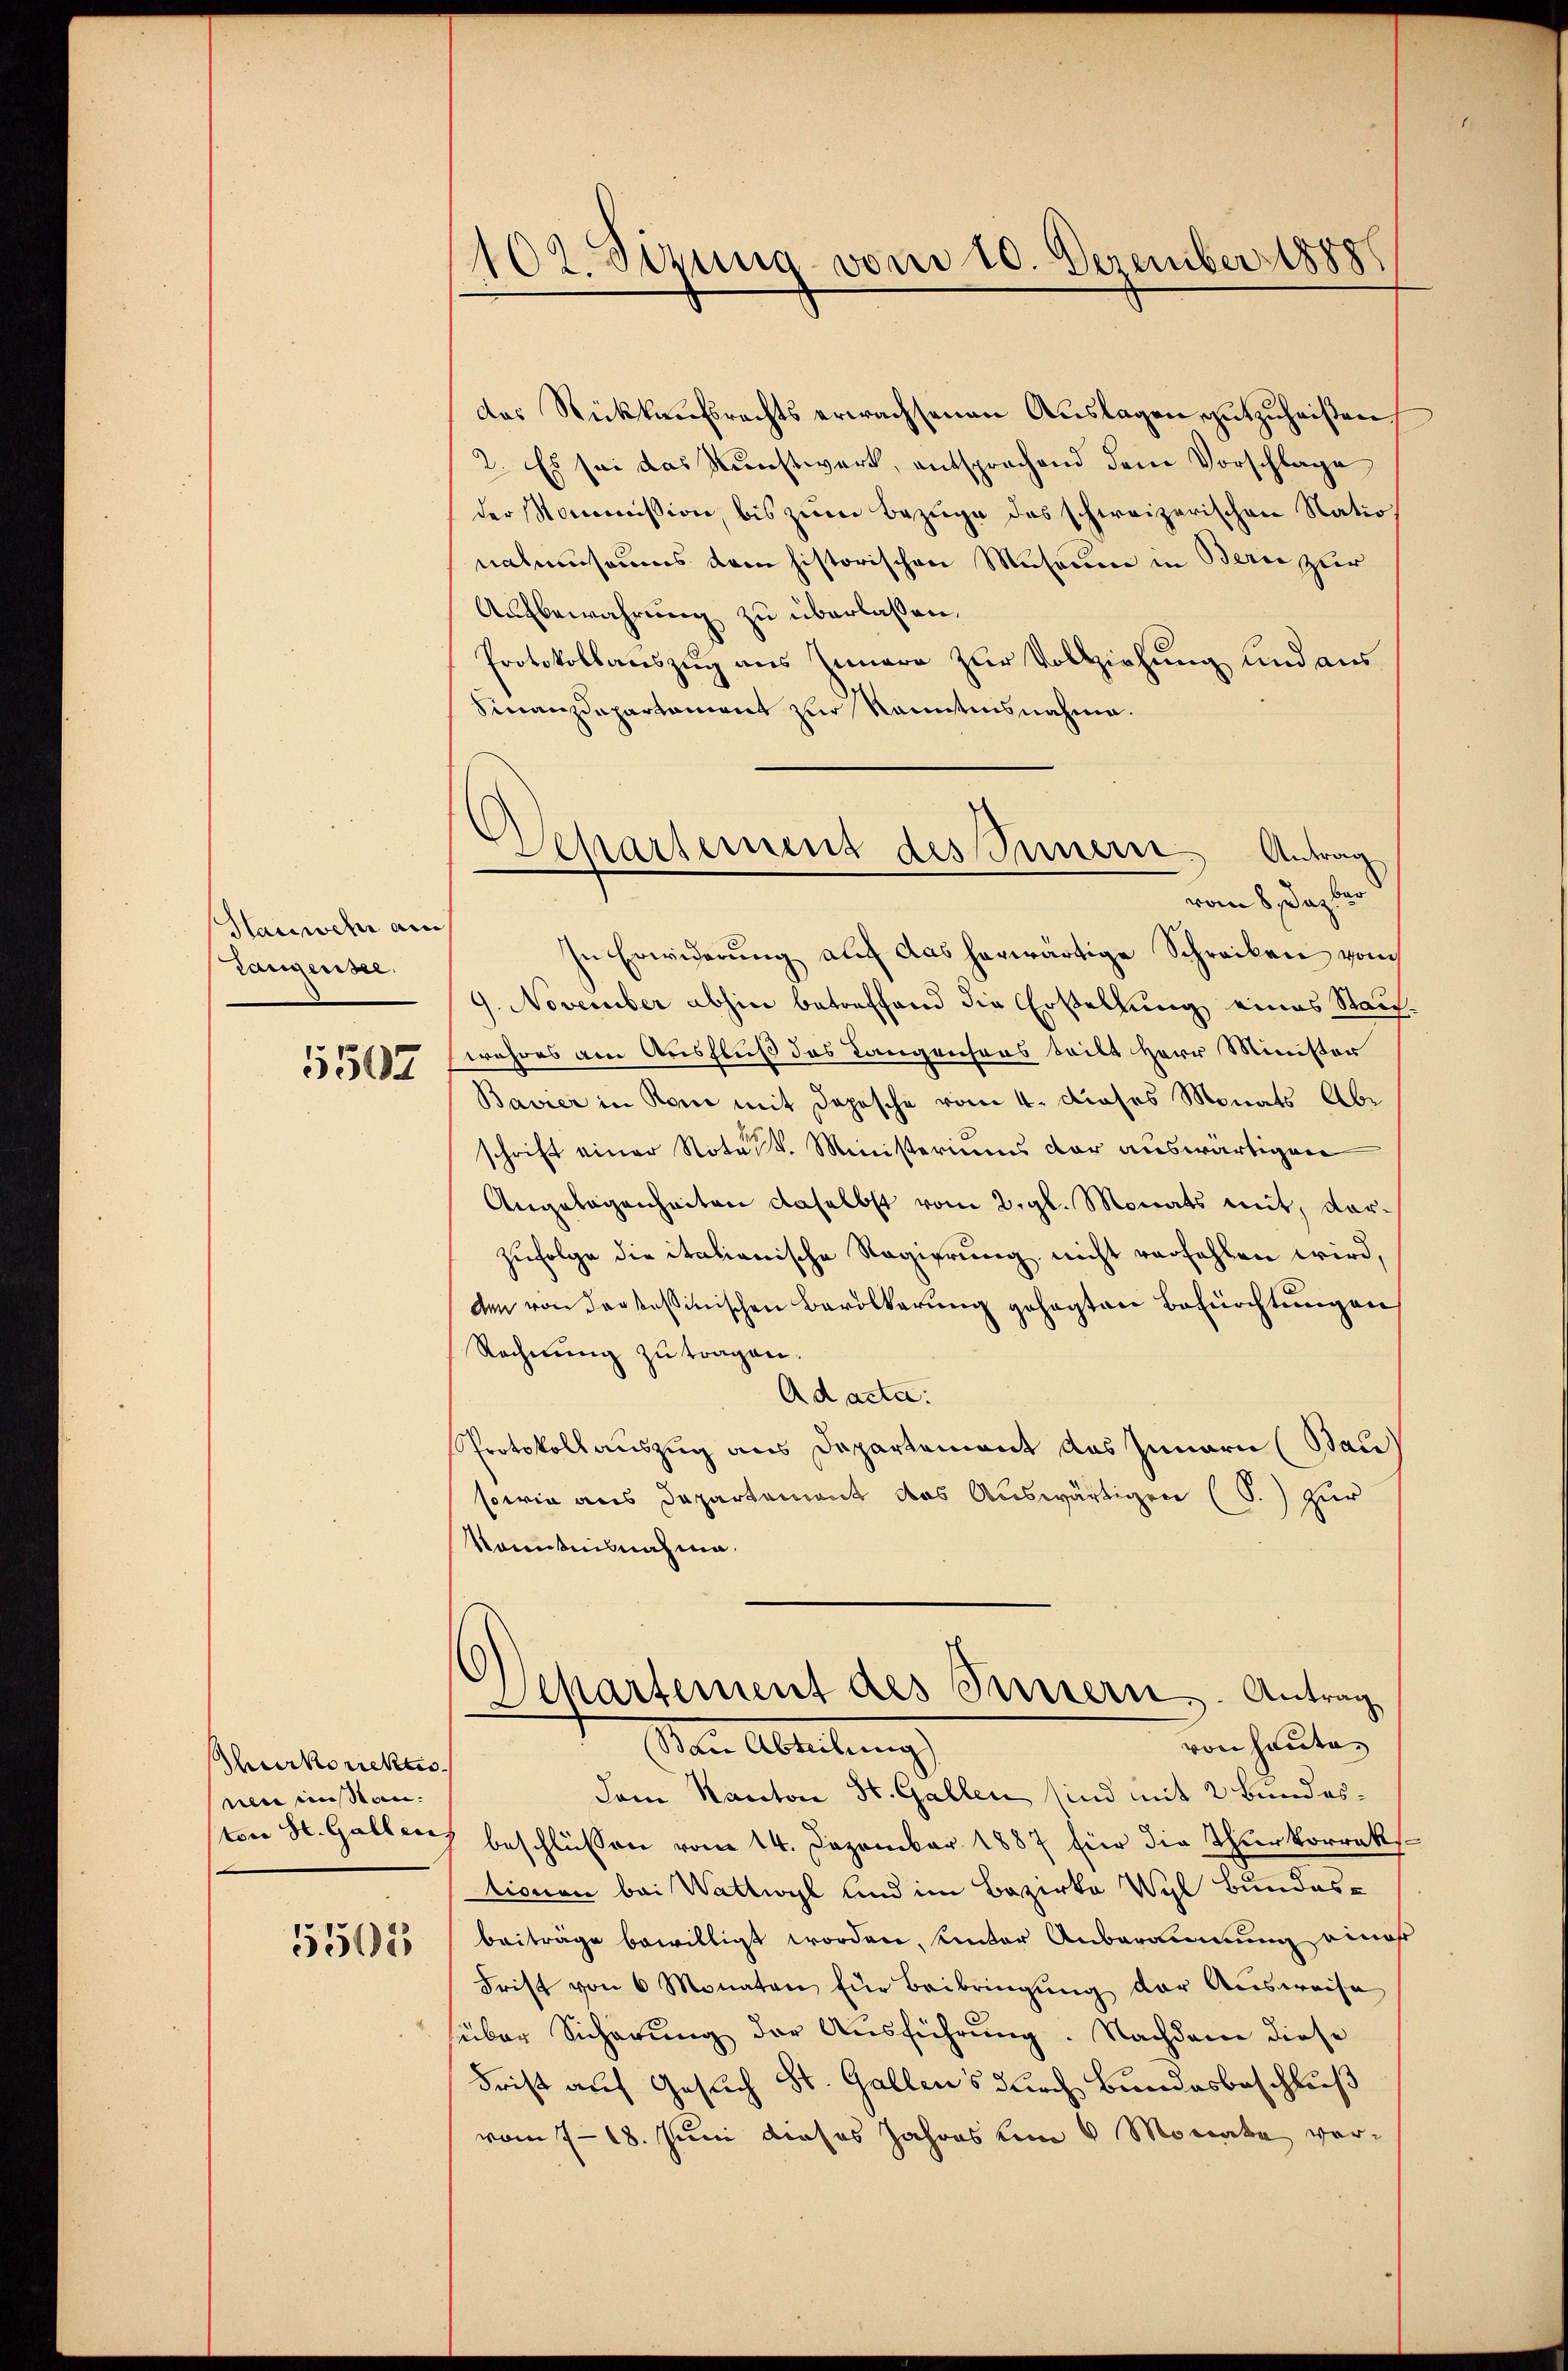
Hannd ain
Taugensee.
5507

hurkorrekti
uen müssen.

5503

102. Sizung vom 10. Dezember 1888

das Rekŭrechts erwachsenen Aŭslagen, gutzuheißen
2. Es sei das Kunstwerk, entsprachend dem Vorschlage
der Kommission, bis zum Bezüge des schweizerischen Natio
nahmsaums dem historischen Museum in Bern zur
Aufbewahrung zu überlassen.
Protokollauszug aus Innern zur Vollziehung und aus
Finanzdepartament zur Rantnisnahme.
In Erwiderung auf das herwärtige Schreiben vom
9. November abhin betreffend die Erstellung eines Stauwahres am Ausfluß des Langensans teilt Herr Minister
Bavier in Rom mit Depesche vom 4. dieses Monats Abr
schrift einer Notult. Ministeriums der auswärtigen
Angelegenheiten daselbst vom 2. gl. Monats mit, dor¬
Zufolge die italienische Regierung nicht verfehlen wird,
den von Sarkassinischen Bevölkerung gesagten Befürchtungen
Rechnŭng zu tragen.
Ad acta.
Protokollauszug aus Departement das Innern (Bau
sowie aus Departement das Auswärtigen (S.) zur
kanntnisnahme.
Sckartement des Innern, Antrag
von heute
I Der Ableitung
Dem Kanton St. Gallen sind mit 2 Bundesston St. Galleich beschlüssen vom 14. Dezember 1887 für die Thurkorrektionen bei Wattwyl und im Bezirke Wyl Bundesbeiträge bewilligt worden, unter Anbarennung eines
Frist von 6 Monaten für Beibringung der Ausweise
über Sicherung der Ausführung. Nachdem diese
Frist auf Gesuch St. Gallens durch Bundesbeschluß
vom 7-18. Juni dieses Jahres von 6 Monate vor¬

Separtement des Innern Antrag
vom 8. Daz ber